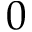
0